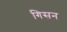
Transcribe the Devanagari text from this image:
गिसन